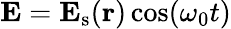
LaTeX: {\mathbf{E}}={\mathbf{E}}_{\mathrm{s}}(\mathbf{r})\cos(\omega_{0}t)